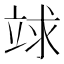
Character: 𥪆